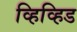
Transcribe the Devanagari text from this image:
व्हिव्हिड